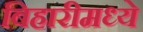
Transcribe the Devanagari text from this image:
बिहारीमध्ये